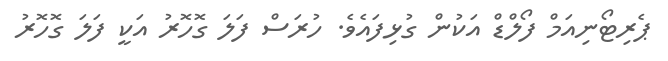
ޕެރިޓޯނިއަމް ފޯލްޑް އަކުން ގުޅިފައެވެ. ހުރަސް ފަލަ ގޮހޮރު އަކީ ފަލަ ގޮހޮރު